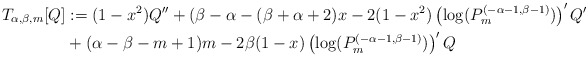
\begin{align*}T_{\alpha,\beta,m}[Q] &:=(1-x^2)Q''+(\beta-\alpha-(\beta+\alpha+2)x-2(1-x^2)\left(\log(P_m^{(-\alpha-1,\beta-1)})\right)'Q' \\&+(\alpha-\beta-m+1)m-2\beta(1-x)\left(\log(P_m^{(-\alpha-1,\beta-1)})\right)'Q\end{align*}